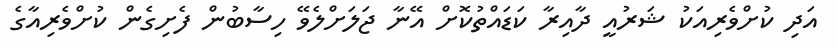
އަދި ކުށްވެރިއަކު ޝަރުއީ ދާއިރާ ކަޑައްތުކޮށް އޭނާ ޖަލަށްލެވޭ ހިސާބުން ފެށިގެން ކުށްވެރިއާގެ